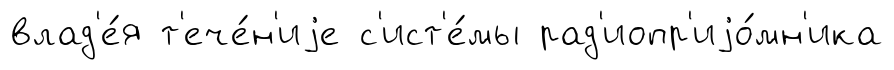
влад'е́я т'ече́н'иjе с'ист'е́мы рад'иопр'иjо́мн'ика